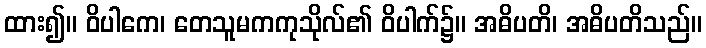
ထား၍။ ဝိပါကေ၊ တေသူမကကုသိုလ်၏ ဝိပါက်၌။ အဓိပတိ၊ အဓိပတိသည်။